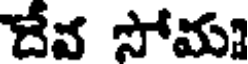
దేవ సోమ